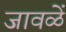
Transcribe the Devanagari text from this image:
जावळें